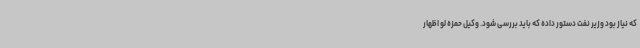
که نیاز بود وزیر نفت دستور داده که باید بررسی شود. وکیل حمزه لو اظهار